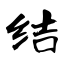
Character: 结